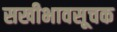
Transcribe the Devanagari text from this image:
सखीभावसूचक